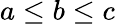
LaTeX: a\leq b\leq c